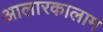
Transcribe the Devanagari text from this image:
आलारकालाम